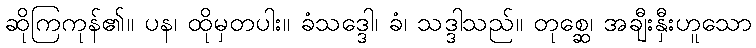
ဆိုကြကုန်၏။ ပန၊ ထိုမှတပါး။ ခံသဒ္ဒေါ၊ ခံ၊ သဒ္ဒါသည်။ တုစ္ဆေ၊ အချီးနှီးဟူသော